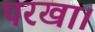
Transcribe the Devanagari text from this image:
परखा।